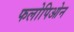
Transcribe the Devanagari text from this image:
फलोपिओन